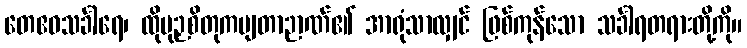
တေဧဝသင်္ခါရေ၊ ထိုမုဉှစိတုကမျတာဉာဏ်၏ အာရုံသာလျှင် ဖြစ်ကုန်သော သင်္ခါရတရားတို့ကို။